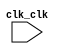

module NIOSProcessorLab (
	clk_clk);	

	input		clk_clk;
endmodule